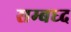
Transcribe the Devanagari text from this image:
सम्बध्द